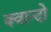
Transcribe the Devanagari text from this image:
क्वान्दो